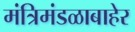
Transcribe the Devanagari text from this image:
मंत्रिमंडळाबाहेर